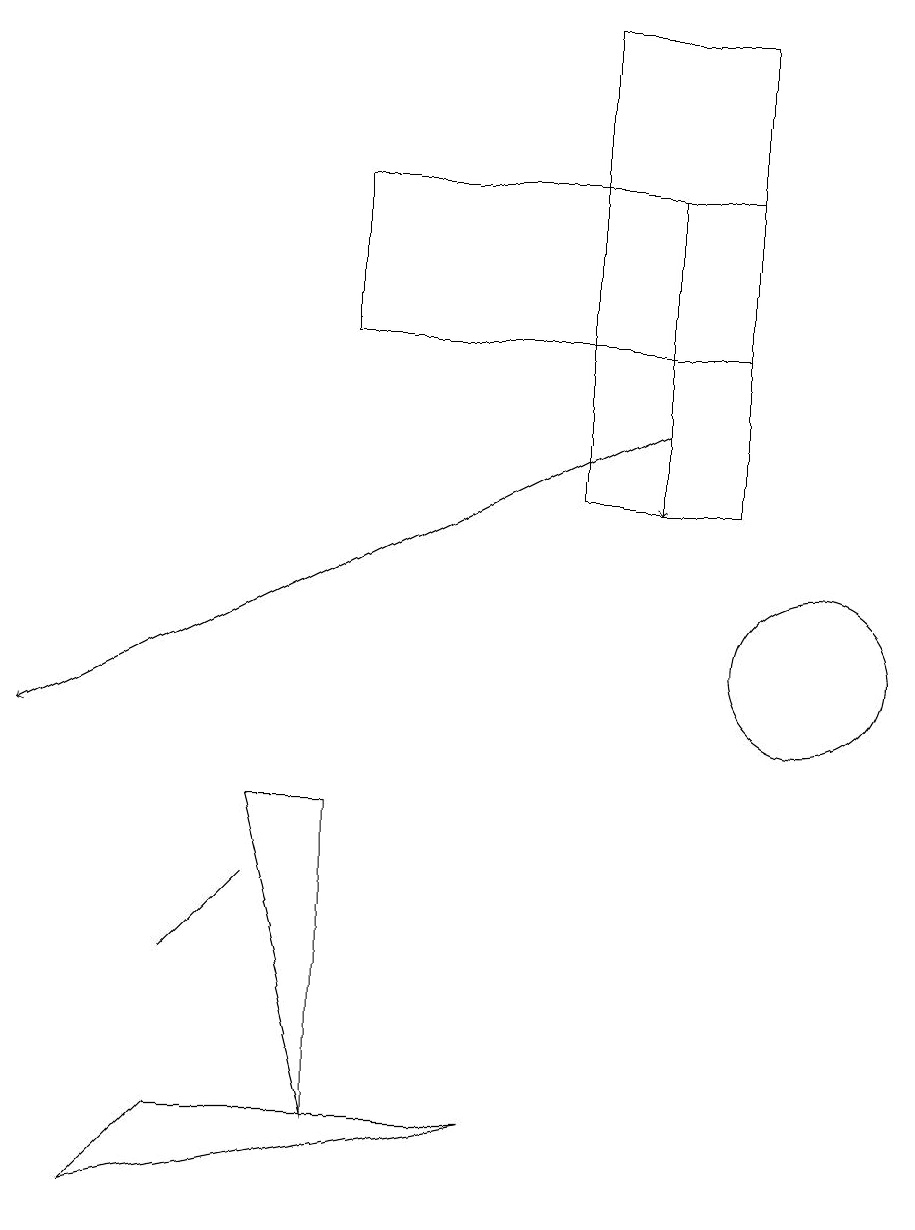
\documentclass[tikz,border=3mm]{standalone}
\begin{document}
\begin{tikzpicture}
\draw[->] (8,17) -- (8,13);
\draw (9,17) rectangle (4,15);
\draw (9,19) rectangle (7,13);
\draw (3,9) -- (4,5) -- (4,9) -- cycle;
\draw (6,5) -- (1,4) -- (2,5) -- cycle;
\draw (10,11) circle (1);
\draw[->] (8,14) -- (0,10);
\draw (2,7) -- (2,7) -- (3,8) -- cycle;
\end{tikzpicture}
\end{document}